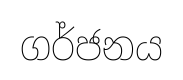
ගර්ජනය